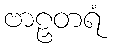
ဗာဠှတရံ